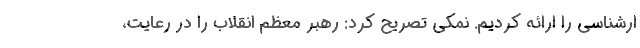
ارشناسی را ارائه کردیم. نمکی تصریح کرد: رهبر معظم انقلاب را در رعایت،